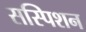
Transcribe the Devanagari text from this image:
सस्पिशन